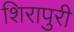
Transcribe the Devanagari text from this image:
शिरापुरी